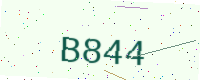
Text: B844